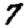
Digit: 7